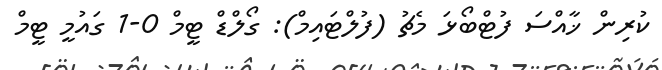
ކުރިން ޚާއްސަ ފުޓްބޯޅަ މެޗު (ފުލްޓައިމް): ގޯލްޑް ޓީމް 0-1 ގައުމީ ޓީމް